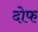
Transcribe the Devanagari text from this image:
दोफ